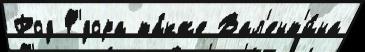
Род Ф'́дора та́кже Вал'ент'и́на